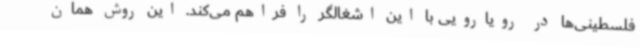
فلسطینی‌ها در رویارویی با این اشغالگر را فراهم می‌کند. این روش همان